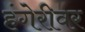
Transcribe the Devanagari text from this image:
हंगेरीवर